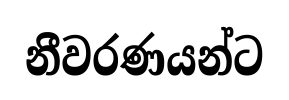
නීවරණයන්ට